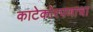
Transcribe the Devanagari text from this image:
काटेकोरपणाचा